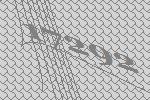
17292